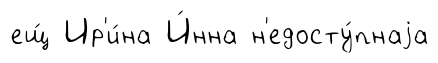
ещ́ Ир'и́на И́нна н'едосту́пнаjа